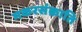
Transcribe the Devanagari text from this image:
मकरसंक्राति